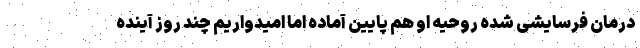
درمان فرسایشی شده روحیه او هم پایین آماده اما امیدواریم چند روز آینده